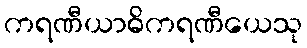
ကရဏီယာဓိကရဏီယေသု